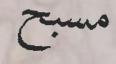
مسبح